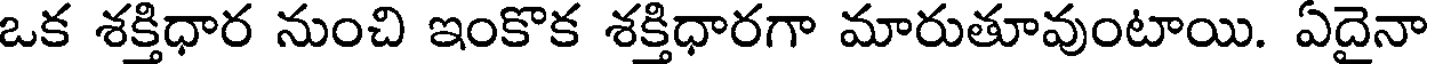
ఒక శక్తిధార నుంచి ఇంకొక శక్తిధారగా మారుతూవుంటాయి. ఏదైనా